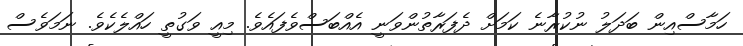
ހަމާސްއިން ބަދަލު ނުކުރާނެ ކަމަށް ދެފަރާތުންވަނީ އެއްބަސްވެފައެވެ. މިއީ ވަގުތީ ހައްލެކެވެ. ނަމަވެސް